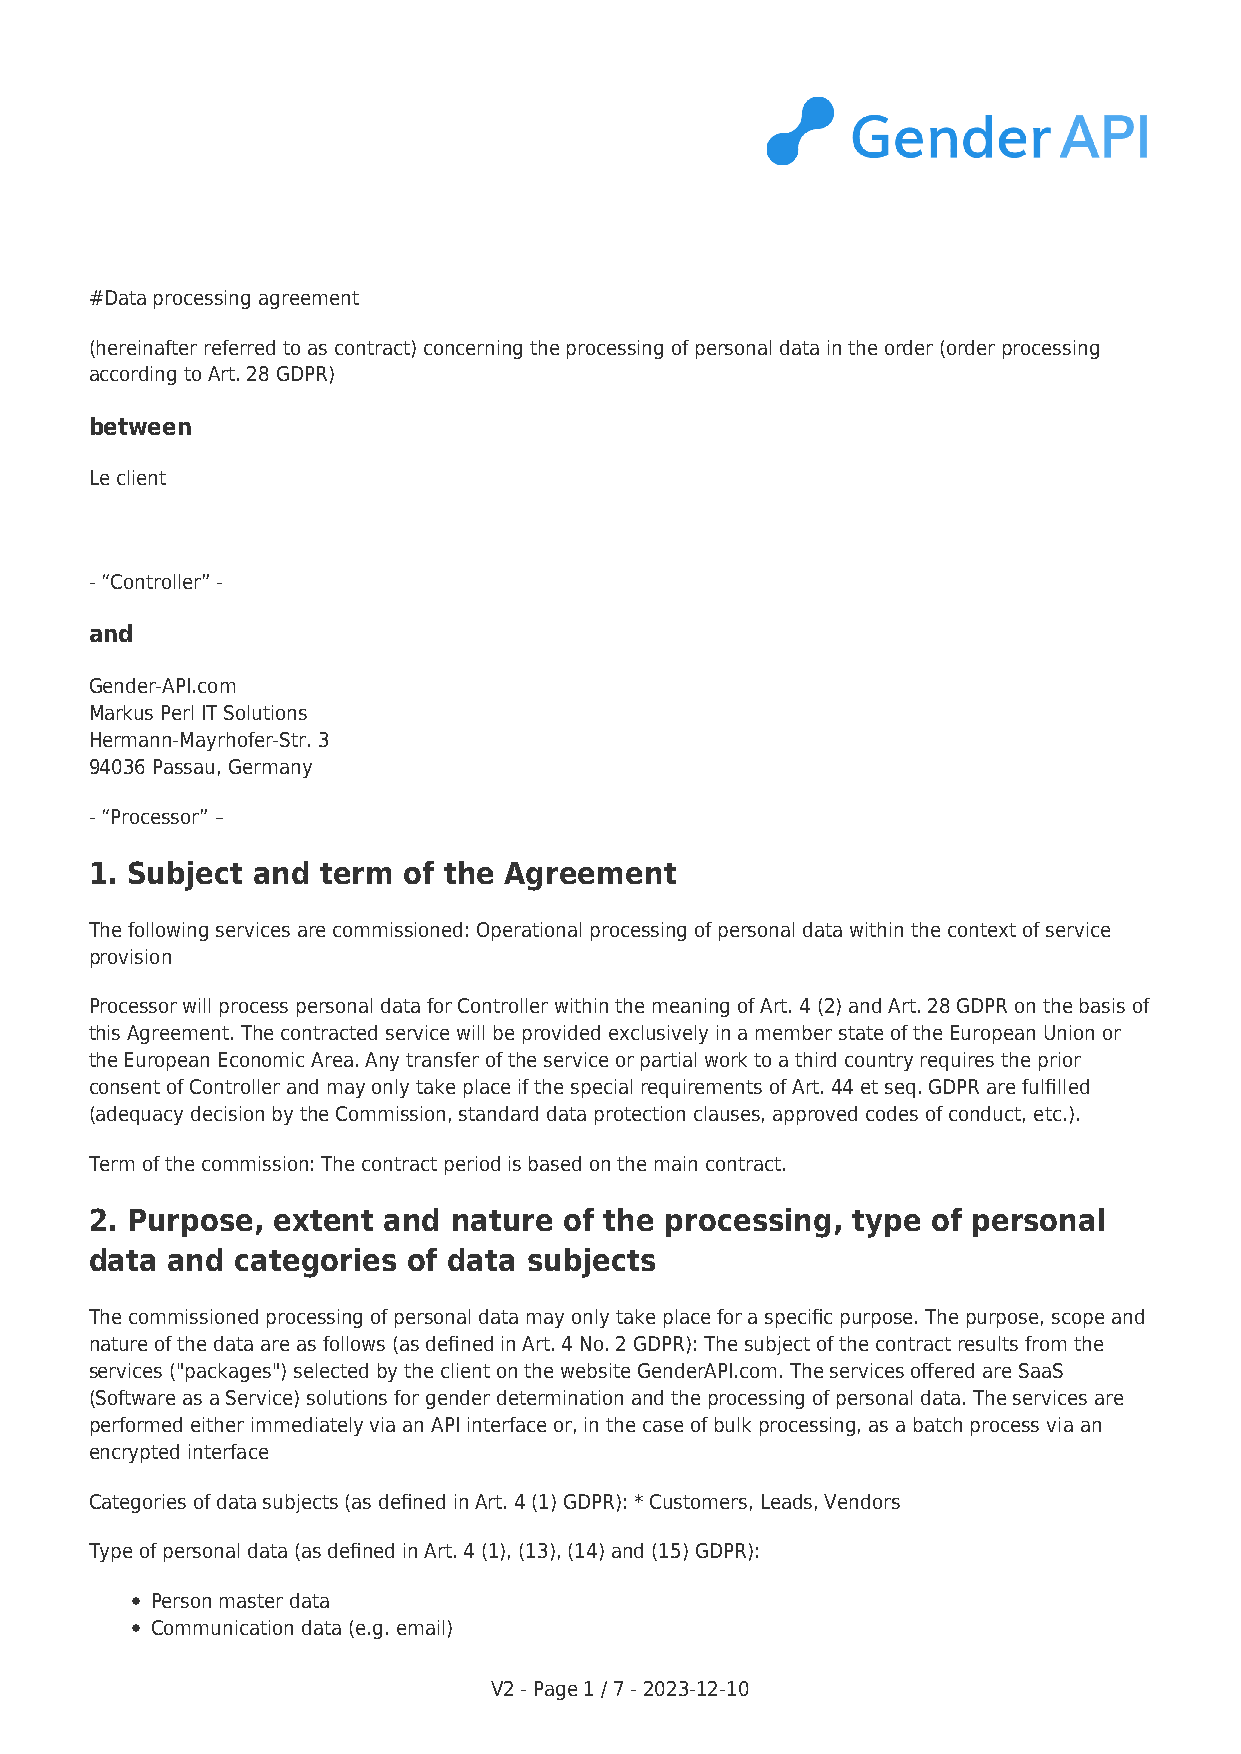
#Data processing agreement
 (hereinafter referred to as contract) concerning the processing of personal data in the order (order processing
 according to Art. 28 GDPR)
 between
 Le client
 - “Controller” -
 and
 Gender-API.com
 Markus Perl IT Solutions
 Hermann-Mayrhofer-Str. 3
 94036 Passau, Germany
 - “Processor” –
 1. Subject and term  of the Agreement
 The following services are commissioned: Operational processing of personal data within the context of service
 provision
 Processor will process personal data for Controller within the meaning of Art. 4 (2) and Art. 28 GDPR on the basis of
 this Agreement. The contracted service will be provided exclusively in a member state of the European Union or
 the European Economic Area. Any transfer of the service or partial work to a third country requires the prior
 consent of Controller and may only take place if the special requirements of Art. 44 et seq. GDPR are fulfilled
 (adequacy decision by the Commission, standard data protection clauses, approved codes of conduct, etc.).
 Term of the commission: The contract period is based on the main contract.
 2. Purpose, extent and  nature of the processing, type  of personal
 data and  categories of data subjects
 The commissioned processing of personal data may only take place for a specific purpose. The purpose, scope and
 nature of the data are as follows (as defined in Art. 4 No. 2 GDPR): The subject of the contract results from the
 services ("packages") selected by the client on the website GenderAPI.com. The services offered are SaaS
 (Software as a Service) solutions for gender determination and the processing of personal data. The services are
 performed either immediately via an API interface or, in the case of bulk processing, as a batch process via an
 encrypted interface
 Categories of data subjects (as defined in Art. 4 (1) GDPR): * Customers, Leads, Vendors
 Type of personal data (as defined in Art. 4 (1), (13), (14) and (15) GDPR):
 Person master data
 Communication data (e.g. email)
 V2 - Page 1 / 7 - 2023-12-10